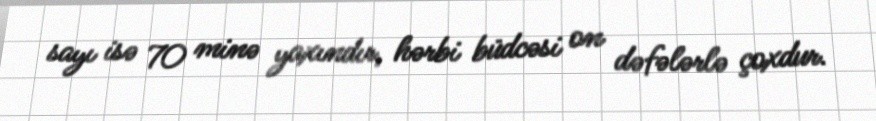
sayı isə 70 minə yaxındır, hərbi büdcəsi on dəfələrlə çoxdur.